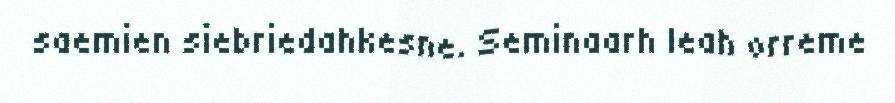
saemien siebriedahkesne. Seminaarh leah orreme